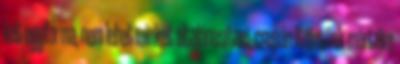
két egyforma, nem lehet minket általánosítani, csupán ítéletünk mértéke